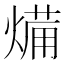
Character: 𭵥